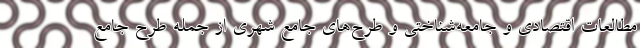
مطالعات اقتصادی و جامعه‌شناختی و طرح‌های جامع شهری از جمله طرح جامع